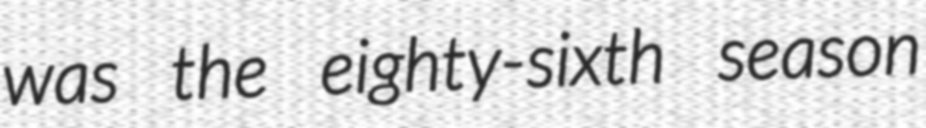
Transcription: was the eighty-sixth season